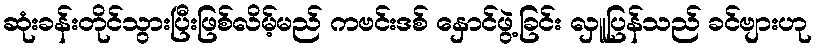
ဆုံးခန်းတိုင်သွားပြီးဖြစ်လိမ့်မည် ကဗင်းဒစ် နှောင်ဖွဲ့ခြင်း လှူပြန်သည် ခင်ဗျားဟု